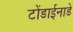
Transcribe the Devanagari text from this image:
टोंडाईनाडे